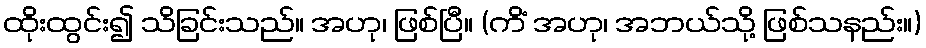
ထိုးထွင်း၍ သိခြင်းသည်။ အဟု၊ ဖြစ်ပြီ။ (ကိံ အဟု၊ အဘယ်သို့ ဖြစ်သနည်း။)